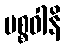
ပစ္စဝါနိ